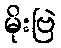
မိုးဗြဲ